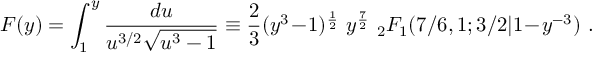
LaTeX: F ( y ) = \int _ { 1 } ^ { y } \frac { d u } { u ^ { 3 / 2 } \sqrt { u ^ { 3 } - 1 } } \equiv \frac 2 3 ( y ^ { 3 } \! - \! 1 ) ^ { \frac 1 2 } \ y ^ { \frac 7 2 } \ _ { 2 } F _ { 1 } ( 7 / 6 , 1 ; 3 / 2 | 1 \! - \! y ^ { - 3 } ) \ .